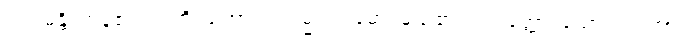
ဝါယမန္တိ၊ ကုန်၏။ ဣတိ၊ ကြောင့်။ သမ္မဝါယမော၊ မည်၏။ ပသတ္တော၊ သော။ ဝါ၊ ကား။